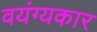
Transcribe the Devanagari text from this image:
वयंग्यकार